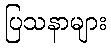
ပြသနာများ